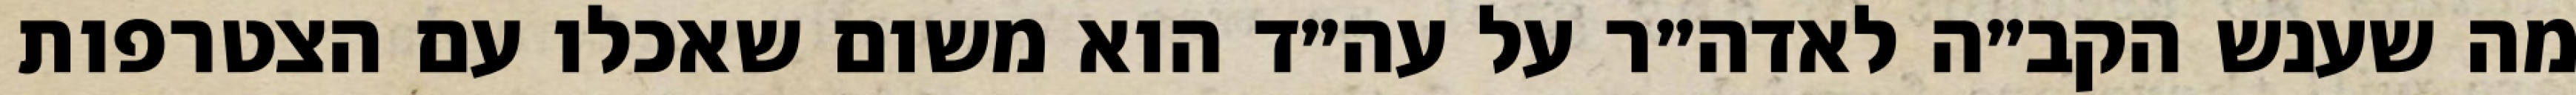
מה שענש הקב״ה לאדה״ר על עה״ד הוא משום שאכלו עם הצטרפות